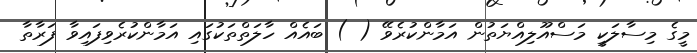
މީގެ މިސާލަކީ މަސްއޫލިއްޔަތުން އަމާންކުރެވޭ ( ) ބައެއް ހާލަތްތަކުގައި އަމާންކުރެވިފައިވާ ފަރާތާ